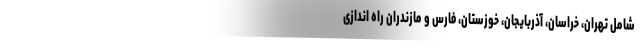
شامل تهران، خراسان، آذربایجان، خوزستان، فارس و مازندران راه اندازی